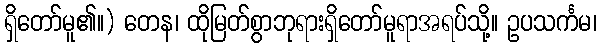
ရှိတော်မူ၏။) တေန၊ ထိုမြတ်စွာဘုရားရှိတော်မူရာအရပ်သို့။ ဥပသင်္ကမ၊